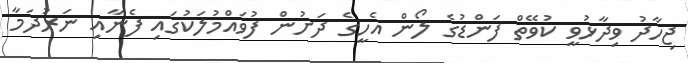
ޖިހާދު ވިދާޅުވީ ކުވޭތް ފަންޑުގެ ލޯން އެހީގެ ދަށުން ފުވައްމުލަކުގައި ފެނާއި ނަރުދަމާ